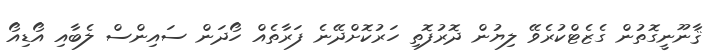
ޤާނޫނީގޮތުން ގެޒެޓްކުރެވޭ ލިޔުން ދޮރުފޮތި ހަރުކޮށްދޭނެ ފަރާތެއް ހޯދަން ސައިންސް ލެބާއި އޯޑިއޯ